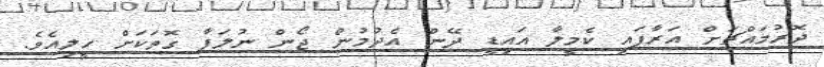
ދޮރުމައްޗަށް އަރާފައި ކެމީލާ އައިޑީ ދޭން އެދުމުން ޖޯން ނުލަފާ ގޮތަކަށް ހީލިއެވެ.